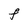
Character: F